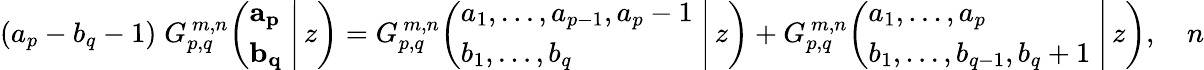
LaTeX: (a_{p}-b_{q}-1)\; G_{p,q}^{\, m,n}\! \left(\left.{\begin{array}{l}{\mathbf{a_{p}}}\\ {\mathbf{b_{q}}}\end{array}}\; \right|\, z\right)=G_{p,q}^{\, m,n}\! \left(\left.{\begin{array}{l}{a_{1},\dots,a_{p-1},a_{p}-1}\\ {b_{1},\dots,b_{q}}\end{array}}\; \right|\, z\right)+G_{p,q}^{\, m,n}\! \left(\left.{\begin{array}{l}{a_{1},\dots,a_{p}}\\ {b_{1},\dots,b_{q-1},b_{q}+1}\end{array}}\; \right|\, z\right),\quad n